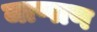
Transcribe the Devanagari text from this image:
जाप्पाण